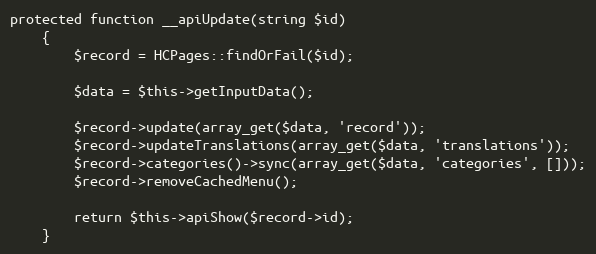
Language: PHP
protected function __apiUpdate(string $id)
    {
        $record = HCPages::findOrFail($id);

        $data = $this->getInputData();

        $record->update(array_get($data, 'record'));
        $record->updateTranslations(array_get($data, 'translations'));
        $record->categories()->sync(array_get($data, 'categories', []));
        $record->removeCachedMenu();

        return $this->apiShow($record->id);
    }